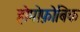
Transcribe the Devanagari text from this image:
होमोफ़ोबिक